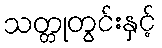
သတ္တုတွင်းနှင့်